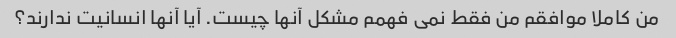
من کاملا موافقم من فقط نمی فهمم مشکل آنها چیست. آیا آنها انسانیت ندارند؟